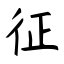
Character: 征